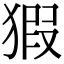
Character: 猳